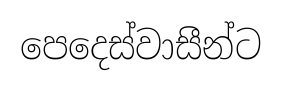
පෙදෙස්වාසීන්ට